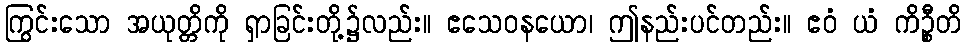
ကြွင်းသော အယုတ္တိကို ရှာခြင်းတို့၌လည်း။ ဧသေဝနယော၊ ဤနည်းပင်တည်း။ ဧဝံ ယံ ကိဉ္စီတိ